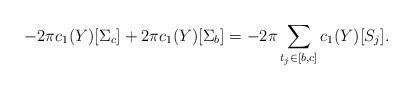
LaTeX: \begin{align*}-2\pi c_1(Y)[\Sigma_c]+2\pi c_1(Y)[\Sigma_b]=-2\pi\sum_{t_j\in[b,c]}c_1(Y)[S_j].\end{align*}